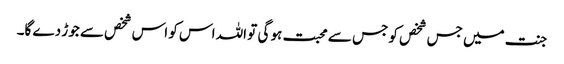
جنت میں جس شخص کو جس سے محبت ہو گی تو اللہ اس کو اس شخص سے جوڑ دے گا۔